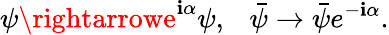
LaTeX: \psi\rightarrowe^{\mathbf{i}\alpha}\psi,\ \ \ \bar{{\psi}}\rightarrow\bar{{\psi}}e^{-\mathbf{i}\alpha}.